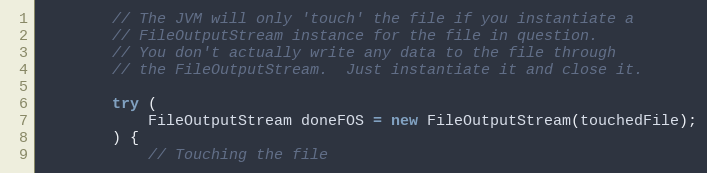
Language: Java
        // The JVM will only 'touch' the file if you instantiate a
        // FileOutputStream instance for the file in question.
        // You don't actually write any data to the file through
        // the FileOutputStream.  Just instantiate it and close it.

        try (
            FileOutputStream doneFOS = new FileOutputStream(touchedFile);
        ) {
            // Touching the file